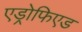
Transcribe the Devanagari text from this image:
एड्रोफिएड